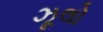
ઝૂલો